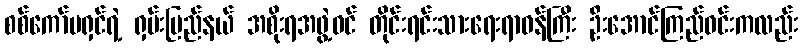
စစ်ကော်မရှင်ရဲ့ ရှမ်းပြည်နယ် အစိုးရအဖွဲ့ဝင် တိုင်းရင်းသားရေးရာဝန်ကြီး ဦးအောင်ကြည်ဝင်းကလည်း